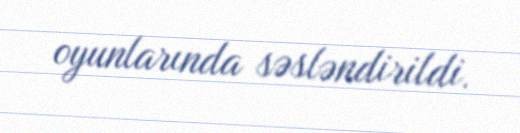
oyunlarında səsləndirildi.